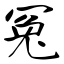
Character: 冤